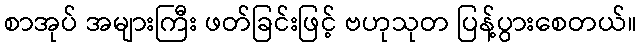
စာအုပ် အများကြီး ဖတ်ခြင်းဖြင့် ဗဟုသုတ ပြန့်ပွားစေတယ်။